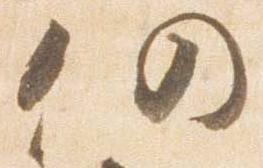
仍